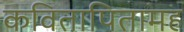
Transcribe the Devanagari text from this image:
कवितापितामह